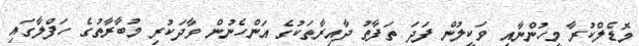
މޮޑެލްކުރާ މީހުންނާއި ވަކީލުން ފަދަ ތަފާތު ދާއިރާތަކުގެ އަންހެނުން ވާދަކުރި މުބާރާތުގެ ހަފްލާގައި